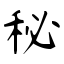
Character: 秘